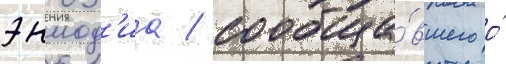
эннод'иа / сообща́вшего о́